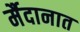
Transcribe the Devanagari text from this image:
र्मैदानात